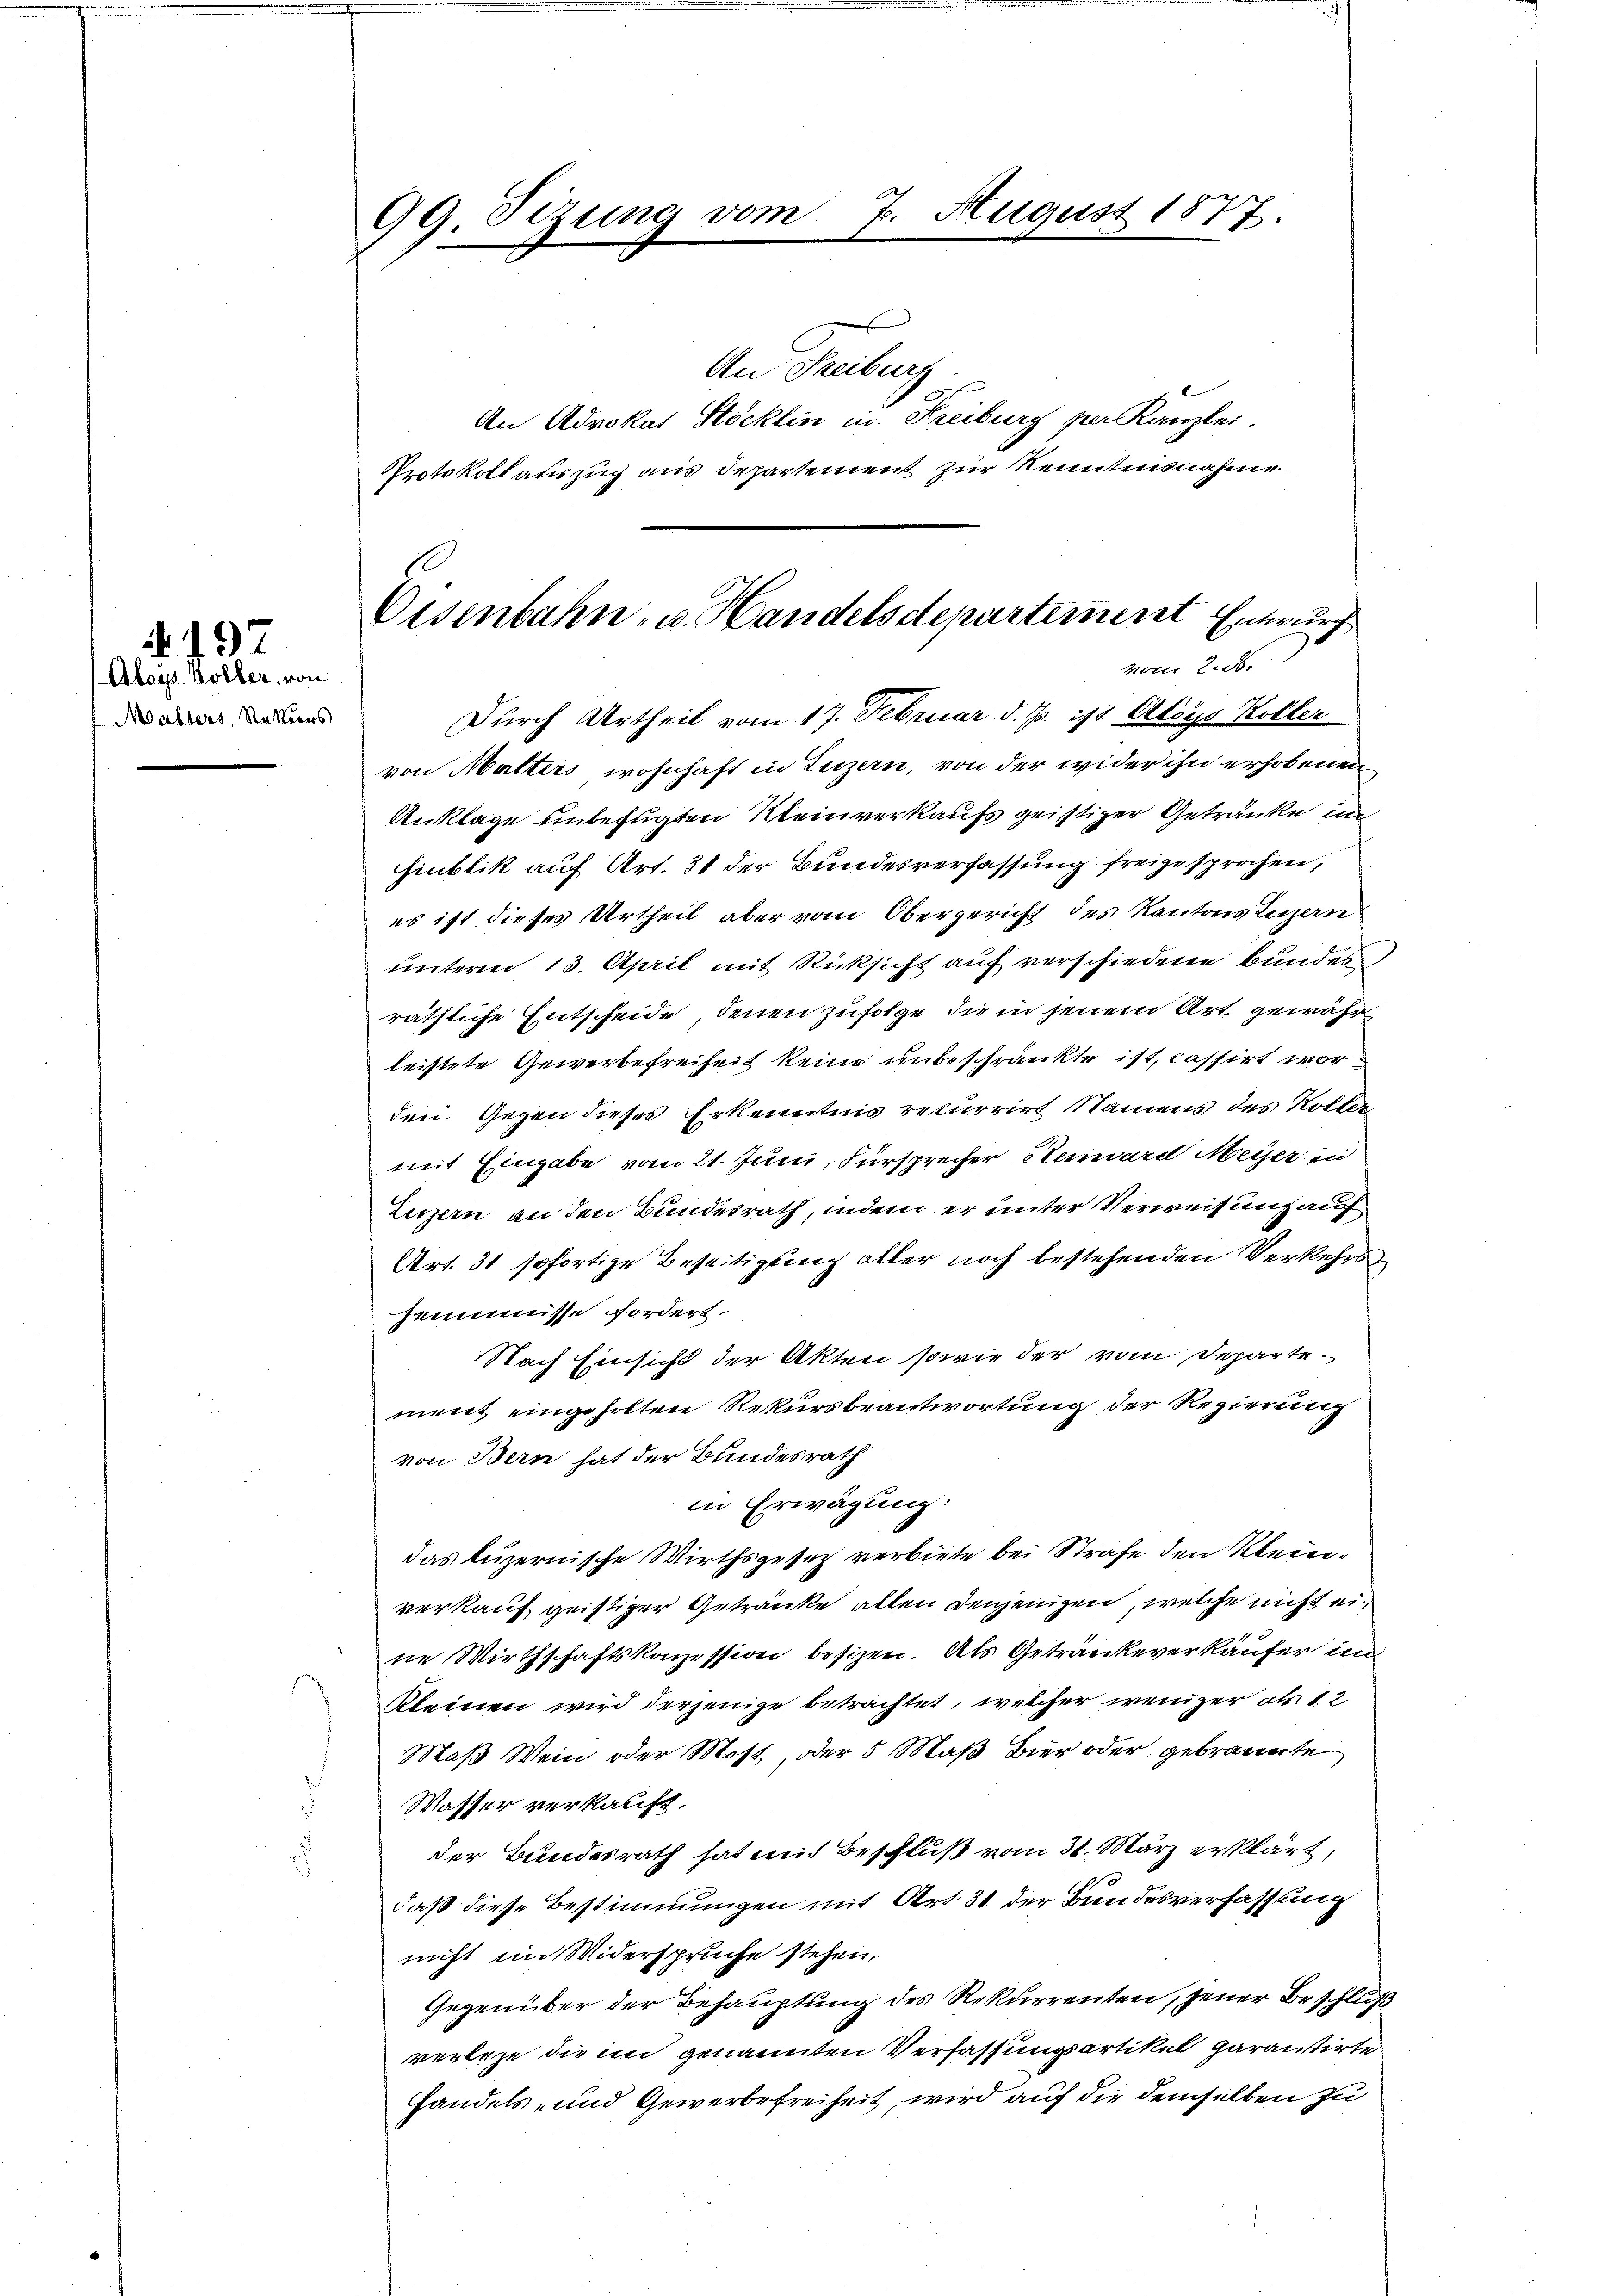
.497

Aloÿs Kobler, von
Malters, Rekurs

99. Sizung vom

7. August 1877.

An Freiburg
An Advokat Stöcklin in Freiburg per Kanzlei.
Protokoll auszug aus Departement zur Kenntnisnahme
Durch Urtheil vom 17. Februar d. Js. ist Atoys Koller
von Malters wohnhaft in Luzern, von der wider ihn erhobenen
Anklage einbefugten Kleinverkaufs geistiger Getränke in
iublik auf Art. 31 der Bundesverfassung freigesprochen,
es ist dieses Urtheil aber vom Obergericht des Kantons Luzern
unterm 13. April mit Rücksicht auf verschiedene Bundes
räthliche Entscheide, denen zufolge die in jenem Art. gewährleistete Gewerbefreiheit keine unbeschränkte ist, cassirt worden. Gegen dieses Erkenntnis rekurrirt Namens des Kolle
mit Eingabe vom 21. Juni, Fürsprecher Renward Meyer in
Zigern an den Bundesrath, indem er unter Verweisung auf
Art. 31 sofortige Beseitigung aller noch bestehenden Verkehrs
Zummisse fordert.
Nach Einsicht der Akten sowie der vom Departement eingeholten Rekursbeantwortung der Regierung
von Bern hat der Bundesrath
in Erwägung:
das luzernische Wirthsgesetz verbiete bei Strafe den Kleinverkauf geistiger Getränke allen denjenigen, welche nicht eine Wirthschaftskonzession besizen. Als Getränkeverkäufer in
Kleinen wird derjenige betrachtet, welcher weniger als 12
Maß Wein oder Most, oder 5 Maß Bier oder gebrannte
Wasser verkauft.
der Bundesrath hat mit Beschluß vom 31. März erklärt,
daß diese Bestimmungen mit Art. 31 der Bundesverfassung
nicht im Widerspruche stehen,
Gegenüber der Behauptung des Rekurrenten, jener Beschluß
verleze die im genannten Verfassungsartikel garantirte
handels- und Gewerbefreiheit, wird auf die demselben zu

Disenbahn- u. Handelsdepartement Entwurf
vom 2. S.